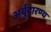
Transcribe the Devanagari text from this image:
अर्बुदारण्य